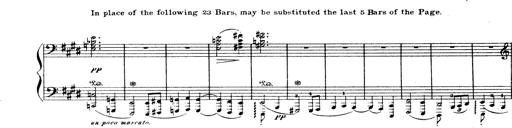
Title: Wagner-Liszt Album
Composer: Franz Liszt